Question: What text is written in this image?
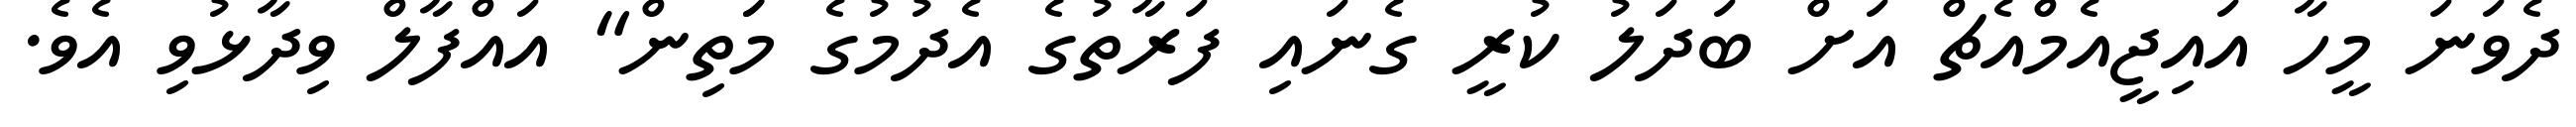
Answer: ދެވަނަ މީހާ އައިޖީއެމްއެޗް އަށް ބަދަލު ކުރީ ގެނައި ފަރާތުގެ އެދުމުގެ މަަތިން" އައްފާލް ވިދާޅުވި އެވެ.